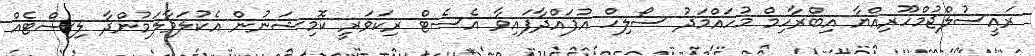
ރައީސުލްޖުމްހޫރިއްޔާ އިބްރާހިމް މުހައްމަދު ސޯލިހް އުފައްދާފައިވާ އެސެޓް ރިކަވަރީ ކޮމިޝަނުން އެކުލަވާލަމުންދާ ލިސްޓެއް